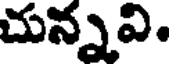
చున్నవి.